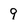
Character: 9